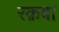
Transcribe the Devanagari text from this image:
रक़बा